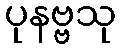
ပုနဗ္ဗသု